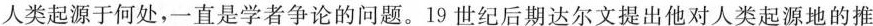
人类起源于何处，一直是学者争论的问题。19世纪后期达尔文提出他对人类起源地的推